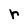
Character: r